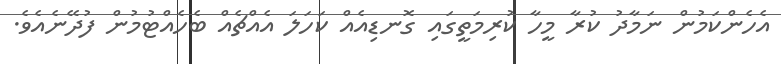
އެހެންކަމުން ނަމާދު ކުރާ މީހާ ކުރިމަތީގައި ގޮނޑިއެއް ކަހަލަ އެއްޗެއް ބެހެއްޓުމުން ފުދޭނެއެވެ.